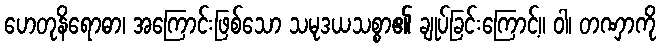
ဟေတုနိရောဓာ၊ အကြောင်းဖြစ်သော သမုဒယသစ္စာ၏ ချုပ်ခြင်းကြောင့်။ ဝါ၊ တဏှာကို